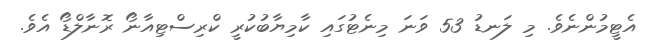
އެޓީމުންނެވެ. މި ލަނޑު 53 ވަނަ މިނެޓުގައި ކާމިޔާބުކުރީ ކްރިސްޓިއާނޯ ރޮނާލްޑޯ އެވެ.